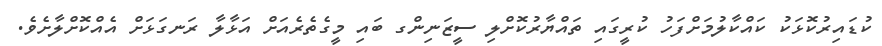
ކުޑައިރުކޮޅަކު ކައްކާލުމަށްފަހު ކުރީގައި ތައްޔާރުކޮށްލި ސީޒަނިންގ ބައި މީގެތެރެއަށް އަޅާލާ ރަނގަޅަށް އެއްކޮށްލާށެވެ.